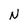
Character: N